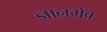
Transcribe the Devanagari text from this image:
ज्ञानमेव